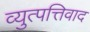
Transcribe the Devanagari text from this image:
व्युत्पत्तिवाद